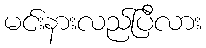
မင်းနားလည်ပြီလား